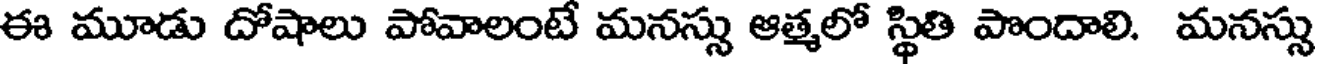
ఈ మూడు దోషాలు పోవాలంటే మనస్సు ఆత్మలో స్థితి పొందాలి. మనస్సు